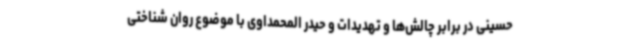
حسینی در برابر چالش‌ها و تهدیدات و حیدر المحمداوی با موضوع روان شناختی